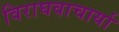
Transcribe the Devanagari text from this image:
विराघवाचार्या